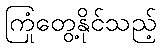
ကြုံတွေ့နိုင်သည့်